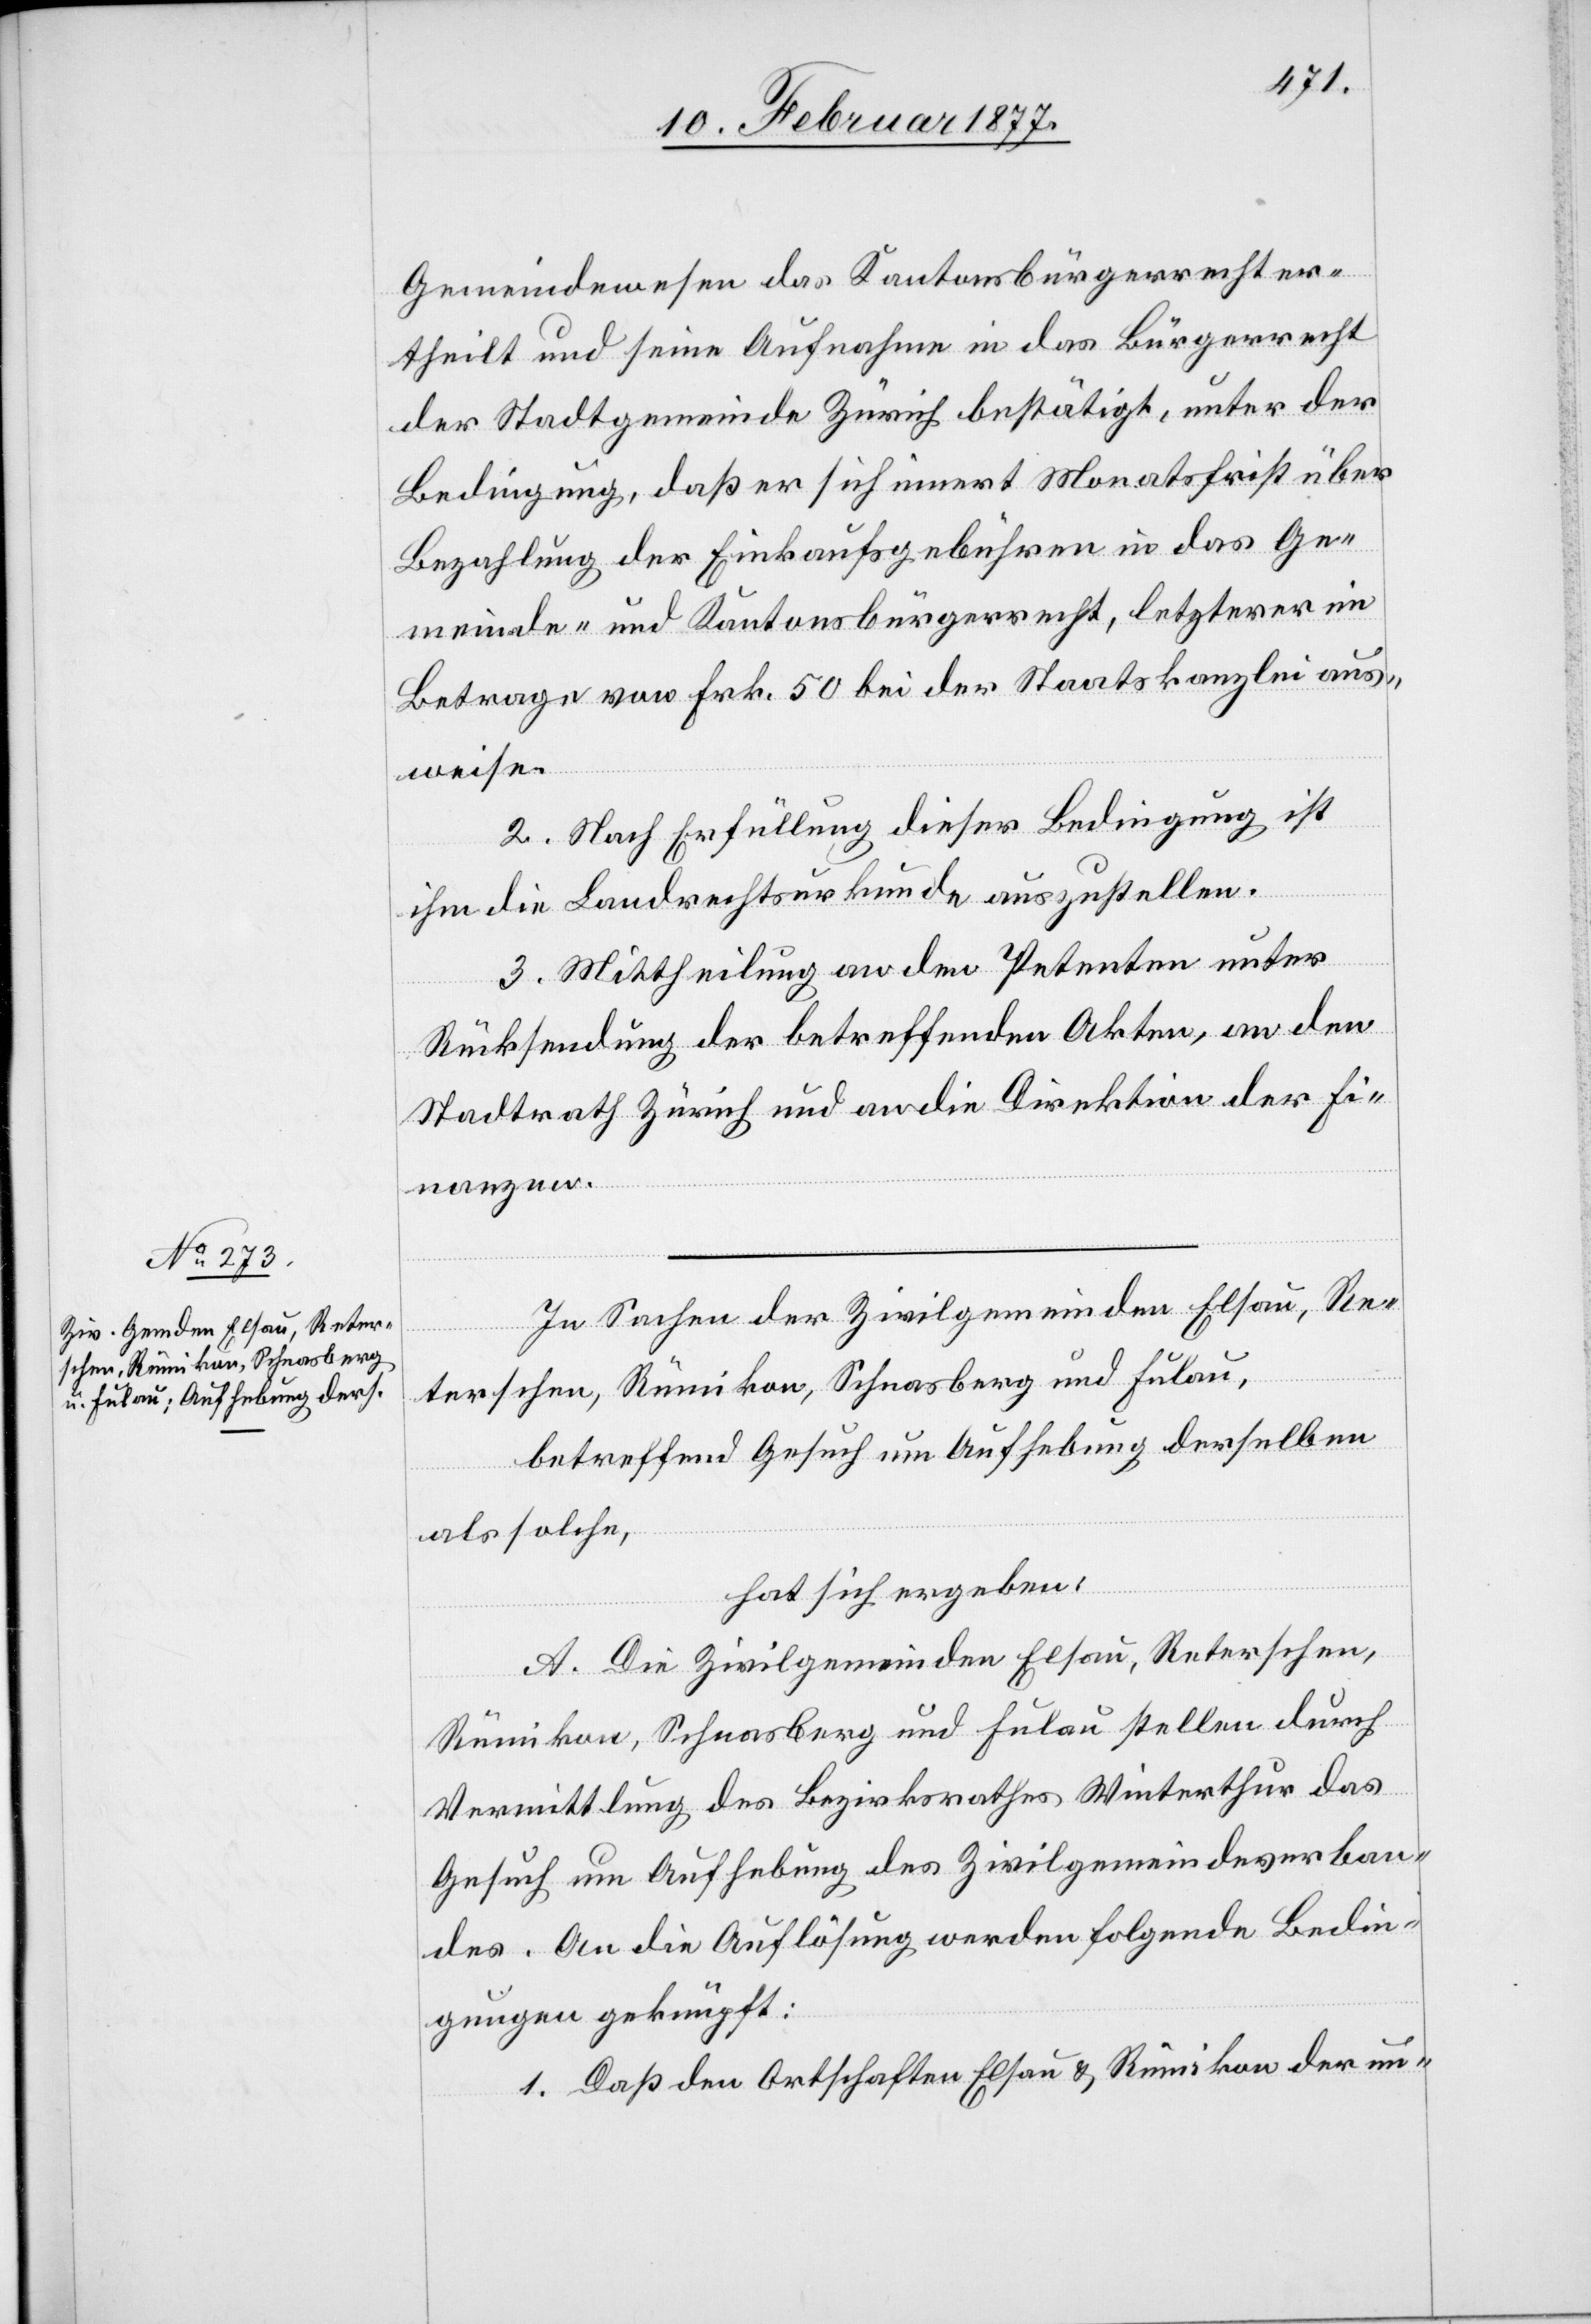
Gemeindewesen das Kantonsbürgerrecht er¬
theilt und seine Aufnahme in das Bürgerrecht
der Stadtgemeinde Zürich bestätigt, unter der
Bedingung, daß er sich innert Monatsfrist über
Bezahlung der Einkaufsgebühren in das Ge¬
meinde- und Kantonsbürgerrecht, letzterer im
Betrage von Frk. 50 bei der Staatskanzlei aus¬
weise.
2. Nach Erfüllung dieser Bedingung ist
ihm die Landrechtsurkunde auszustellen.
3. Mittheilung an den Petenten unter
Rücksendung der betreffenden Akten, an den
Stadtrath Zürich und die Direktion der Fi¬
nanzen.
In Sachen der Zivilgemeinden Elsau, Re¬
terschen, Rümikon, Schnasberg und Fulau,
betreffend Gesuch um Aufhebung derselben
als solche,
hat sich ergeben:
A. Die Zivilgemeinden Elsau, Reterschen,
Rümikon, Schnasberg und Fulau stellen durch
Vermittlung des Bezirksrathes Winterthur das
Gesuch um Aufhebung des Zivilgemeindsverban¬
des. An die Auflösung werden folgende Bedin¬
gungen geknüpft:
1. Daß den Ortschaften Elsau & Rümikon der un-